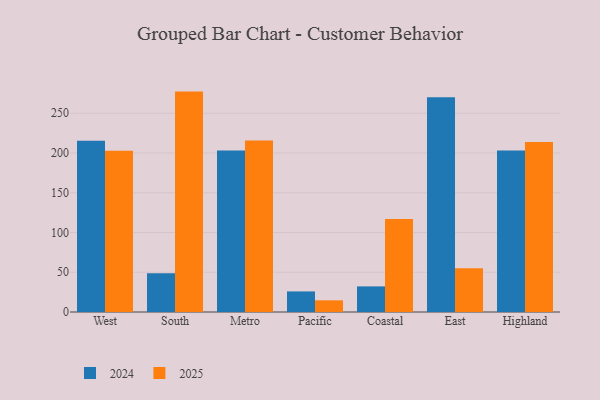
{"axis": {"x": "Region", "y": "Shipments"}, "legend": ["2024", "2025"], "data": [{"x": "West", "y": 202.8, "type": "2025"}, {"x": "West", "y": 215.4, "type": "2024"}, {"x": "South", "y": 277.2, "type": "2025"}, {"x": "South", "y": 48.6, "type": "2024"}, {"x": "Metro", "y": 215.6, "type": "2025"}, {"x": "Metro", "y": 203.0, "type": "2024"}, {"x": "Pacific", "y": 14.7, "type": "2025"}, {"x": "Pacific", "y": 25.9, "type": "2024"}, {"x": "Coastal", "y": 117.0, "type": "2025"}, {"x": "Coastal", "y": 32.2, "type": "2024"}, {"x": "East", "y": 54.9, "type": "2025"}, {"x": "East", "y": 270.1, "type": "2024"}, {"x": "Highland", "y": 213.9, "type": "2025"}, {"x": "Highland", "y": 203.0, "type": "2024"}]}